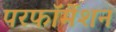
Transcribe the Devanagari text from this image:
परफॉर्मेशन